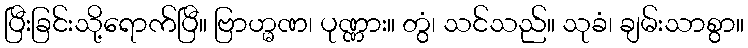
ပြီးခြင်းသို့ရောက်ပြီ။ ဗြာဟ္မဏ၊ ပုဏ္ဏား။ တွံ၊ သင်သည်။ သုခံ၊ ချမ်းသာစွာ။